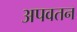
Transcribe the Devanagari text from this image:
अपवतन